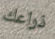
ذراعك